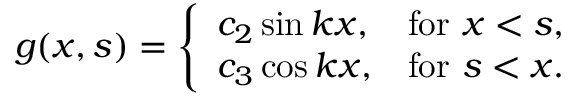
g ( x , s ) = { \left\{ \begin{array} { l l } { c _ { 2 } \sin k x , } & { { \mathrm { f o r ~ } } x < s , } \\ { c _ { 3 } \cos k x , } & { { \mathrm { f o r ~ } } s < x . } \end{array} \right. }